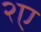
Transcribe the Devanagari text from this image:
२ए